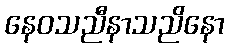
နေဝသညီနာသညိနော